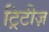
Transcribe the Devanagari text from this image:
ट्रिटीज़